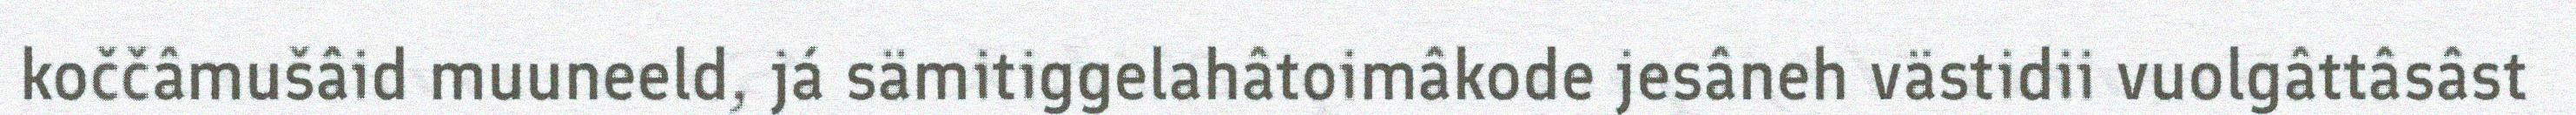
koččâmušâid muuneeld, já sämitiggelahâtoimâkode jesâneh västidii vuolgâttâsâst